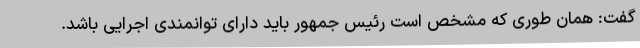
گفت: همان طوری که مشخص است رئیس جمهور باید دارای توانمندی اجرایی باشد.